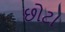
છોટા